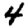
Digit: 4